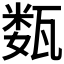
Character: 𰢦